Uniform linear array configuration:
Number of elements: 8
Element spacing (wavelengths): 1
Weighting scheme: cosine
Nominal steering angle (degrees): -45
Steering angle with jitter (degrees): -44.45
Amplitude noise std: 0.05
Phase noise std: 0.05

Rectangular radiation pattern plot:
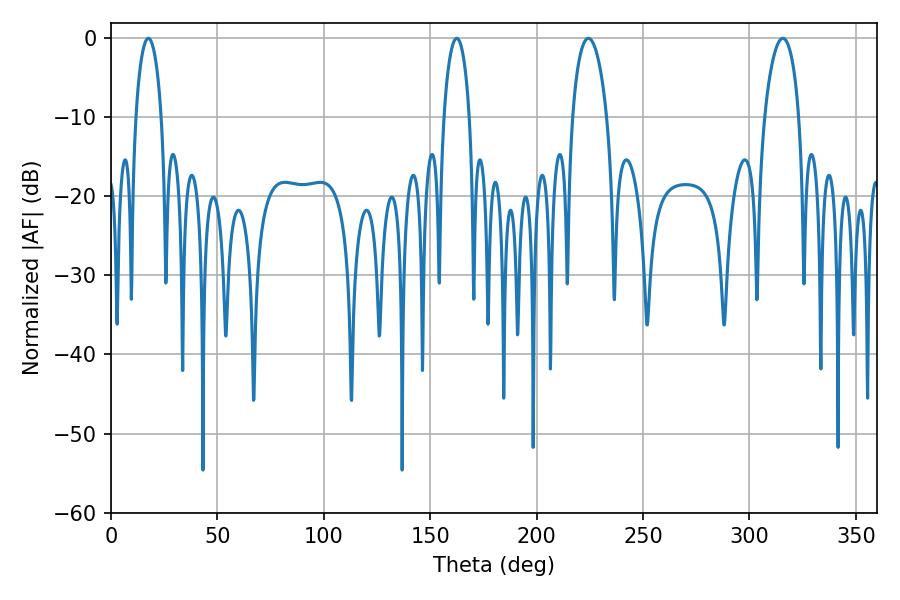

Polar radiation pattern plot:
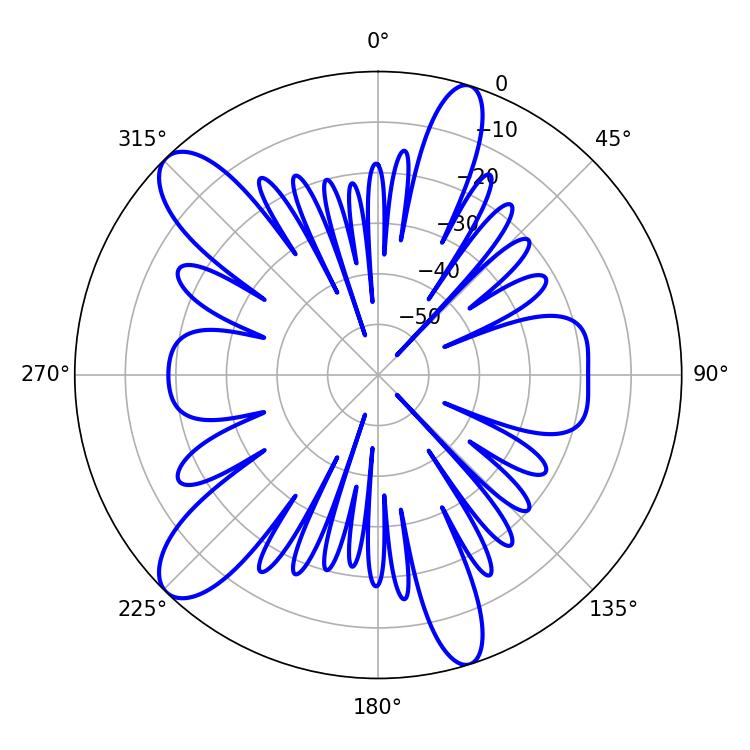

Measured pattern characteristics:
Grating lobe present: TRUE
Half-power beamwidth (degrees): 9.18
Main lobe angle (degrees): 224.28